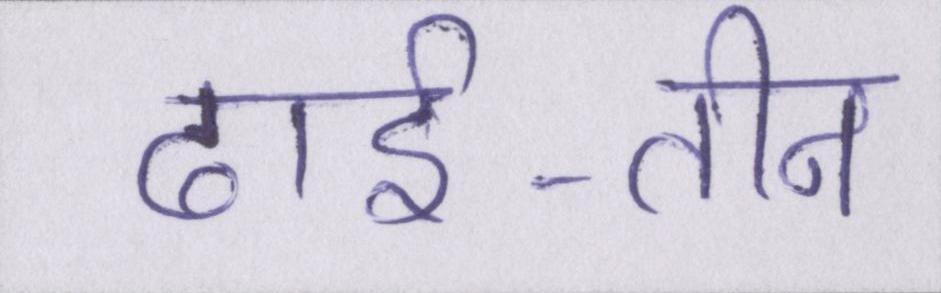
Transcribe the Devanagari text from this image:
ढाई-तीन